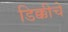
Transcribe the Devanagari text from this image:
डिक्कीचे